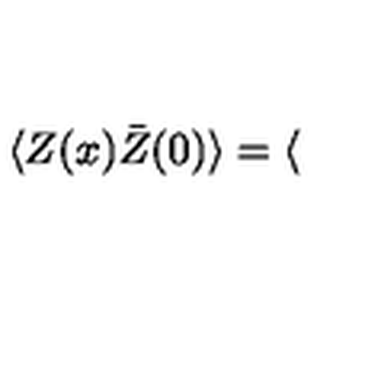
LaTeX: \langle Z ( x ) \bar { Z } ( 0 ) \rangle = \langle